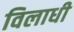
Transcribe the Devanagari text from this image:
विलाधी